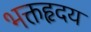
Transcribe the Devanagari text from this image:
भक्तहृदय